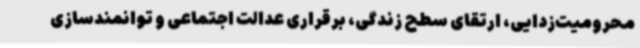
محرومیت‌زدایی، ارتقای سطح زندگی، برقراری عدالت اجتماعی و توانمندسازی